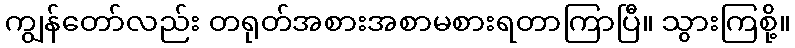
ကျွန်တော်လည်း တရုတ်အစားအစာမစားရတာကြာပြီ။ သွားကြစို့။